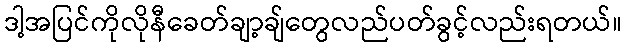
ဒါ့အပြင်ကိုလိုနီခေတ်ချာ့ချ်တွေလည်ပတ်ခွင့်လည်းရတယ်။